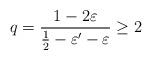
LaTeX: \begin{align*} q = \frac{1-2\varepsilon}{\frac{1}{2}-\varepsilon'-\varepsilon}\geq 2\end{align*}